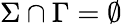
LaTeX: \Sigma\cap\Gamma=\emptyset